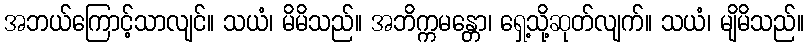
အဘယ်ကြောင့်သာလျင်။ သယံ၊ မိမိသည်။ အဘိက္ကမန္တော၊ ရှေ့သို့ဆုတ်လျက်။ သယံ၊ မျိမိသည်။